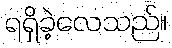
ရရှိခဲ့လေသည်။